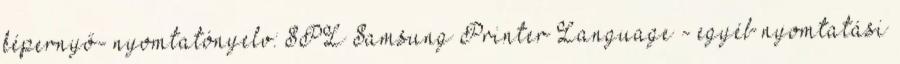
képernyő- nyomtatónyelv: SPL Samsung Printer Language - egyéb nyomtatási